Calcutta medical institutions reports 1879-81 [i.e.91]
Year: 1879
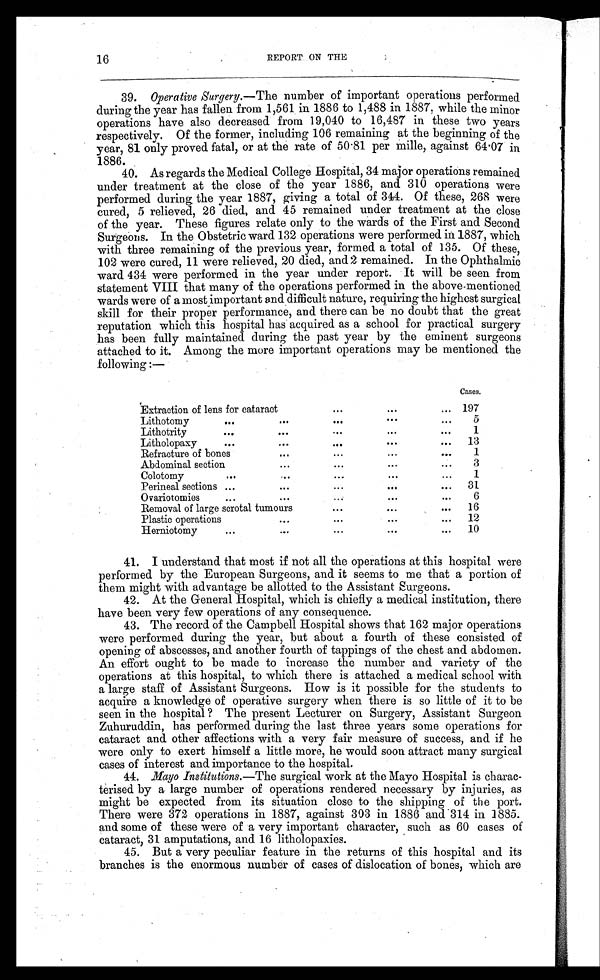
16
REPORT ON THE
39.
Operative Surgery.— The number of important operations performed
during the year has fallen from 1,561 in 1886 to 1,488 in 1887, while the minor
operations have also decreased from 19,040 to 16,487 in these two years
respectively. Of the former, including 106 remaining at the beginning of the
year, 81 only proved fatal, or at the rate of 50.81 per mille, against 64.07 in
1886.
40. As regards the Medical College Hospital, 34 major operations remained
under treatment at the close of the year 1886, and 310 operations were
performed during the year 1887, giving a total of 344. Of these, 268 were
cured, 5 relieved, 26 died, and 45 remained under treatment at the close
of the year. These figures relate only to the wards of the First and Second
Surgeons. In the Obstetric ward 132 operations were performed in 1887, which
with three remaining of the previous year, formed a total of 135. Of these,
102 were cured, 11 were relieved, 20 died, and 2 remained. In the Ophthalmic
ward 434 were performed in the year under report. It will be seen from
statement VIII that many of the operations performed in the above-mentioned
wards were of a most important and difficult nature, requiring the highest surgical
skill for their proper performance, and there can be no doubt that the great
reputation which this hospital has acquired as a school for practical surgery
has been fully maintained during the past year by the eminent surgeons
attached to it. Among the more important operations may be mentioned the
following :—
Cases.
Extraction of lens for cataract
...
...
...
197
Lithotomy
...
...
...
...
...
5
Lithotrity
...
...
...
...
...
1
Litholopaxy
...
...
...
...
...
13
Refracture of bones
...
...
...
...
1
Abdominal section
...
...
...
...
3
Colotomy
...
...
...
...
...
1
Perineal sections ...
...
...
...
...
31
Ovariotomies
...
...
...
...
...
6
Removal of large scrotal tumours
...
...
...
16
Plastic operations
...
...
...
...
12
Herniotomy
...
...
...
...
...
10
41. I understand that most if not all the operations at this hospital were
performed by the European Surgeons, and it seems to me that a portion of
them might with advantage be allotted to the Assistant Surgeons.
42. At the General Hospital, which is chiefly a medical institution, there
have been very few operations of any consequence.
43. The record of the Campbell Hospital shows that 162 major operations
were performed during the year, but about a fourth of these consisted of
opening of abscesses, and another fourth of tappings of the chest and abdomen.
An effort ought to be made to increase the number and variety of the
operations at this hospital, to which there is attached a medical school with
a large staff of Assistant Surgeons. How is it possible for the students to
acquire a knowledge of operative surgery when there is so little of it to be
seen in the hospital ? The present Lecturer on Surgery, Assistant Surgeon
Zuhuruddin, has performed during the last three years some operations for
cataract and other affections with a very fair measure of success, and if he
were only to exert himself a little more, he would soon attract many surgical
cases of interest and importance to the hospital.
44. Mayo Institutions.—The surgical work at the Mayo Hospital is charac
- t e r i s e d b y a l a r g e n u m b e r o f o p e r a t i o n s r e n d e r e d n e c e s s a r y b y i n j u r i e s , a s
might be expected from its situation close to the shipping of the port.
There were 372 operations in 1887, against 303 in 1886 and 314 in 1885.
and some of these were of a very important character, such as 60 cases of
cataract, 31 amputations, and 16 litholopaxies.
45. But a very peculiar feature in the returns of this hospital and its
branches is the enormous number of cases of dislocation of bones, which are